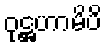
ဝုဋ္ဌဟာမိပိ